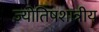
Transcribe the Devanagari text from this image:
ज्योतिषशात्रीय